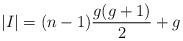
LaTeX: \begin{align*} |I|=(n-1)\frac{g(g+1)}{2}+g\end{align*}